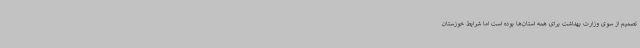
تصمیم از سوی وزارت بهداشت برای همه استان‌ها بوده است اما شرایط خوزستان